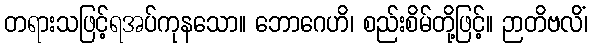
တရားသဖြင့်ရအပ်ကုနသော။ ဘောဂေဟိ၊ စည်းစိမ်တို့ဖြင့်။ ဉာတိဗလိံ၊